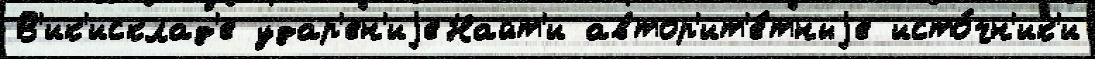
В'ик'исклад'е удар'ен'иjеНайт'и автор'ит'е́тныjе исто́чн'ик'и